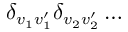
\delta _ { v _ { 1 } v _ { 1 } ^ { \prime } } \delta _ { v _ { 2 } v _ { 2 } ^ { \prime } } \ldots